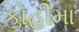
કોહીમા